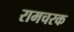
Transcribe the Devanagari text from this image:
रामचरक